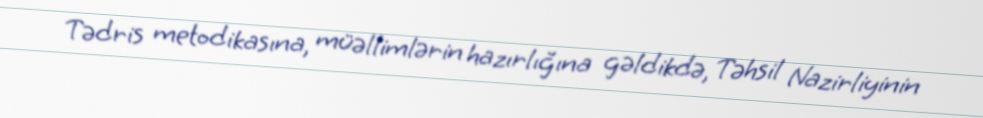
Tədris metodikasına, müəllimlərin hazırlığına gəldikdə, Təhsil Nazirliyinin